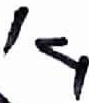
Text: 14